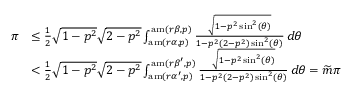
\begin{array} { r l } { \pi } & { \leq \frac { 1 } { 2 } \sqrt { 1 - p ^ { 2 } } \sqrt { 2 - p ^ { 2 } } \int _ { \mathrm { a m } ( r \alpha , p ) } ^ { \mathrm { a m } ( r \beta , p ) } \frac { \sqrt { 1 - p ^ { 2 } \sin ^ { 2 } ( \theta ) } } { 1 - p ^ { 2 } ( 2 - p ^ { 2 } ) \sin ^ { 2 } ( \theta ) } \, d \theta } \\ & { < \frac { 1 } { 2 } \sqrt { 1 - p ^ { 2 } } \sqrt { 2 - p ^ { 2 } } \int _ { \mathrm { a m } ( r \alpha ^ { \prime } , p ) } ^ { \mathrm { a m } ( r \beta ^ { \prime } , p ) } \frac { \sqrt { 1 - p ^ { 2 } \sin ^ { 2 } ( \theta ) } } { 1 - p ^ { 2 } ( 2 - p ^ { 2 } ) \sin ^ { 2 } ( \theta ) } \, d \theta = \widetilde { m } \pi } \end{array}